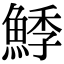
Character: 鯚